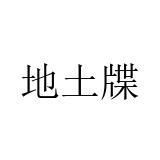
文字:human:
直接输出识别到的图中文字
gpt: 地土牒